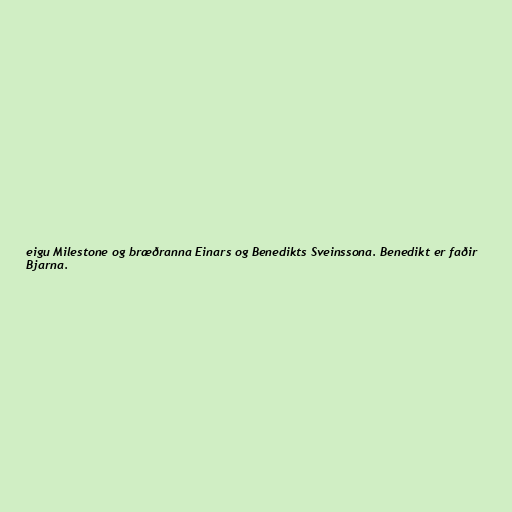
eigu Milestone og bræðranna Einars og Benedikts Sveinssona. Benedikt er faðir
Bjarna.